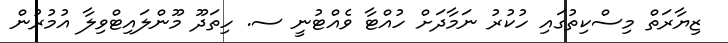
ޒިޔާރަތް މިސްކިތުގައި ހުކުރު ނަމާދަށް ހުއްޓާ ވެއްޓުނީ ސ. ހިތަދޫ މޫންލައިޓްވިލާ އުމުރުން